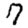
Digit: 7